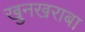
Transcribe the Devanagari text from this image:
खुनखराबा